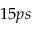
1 5 p s